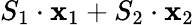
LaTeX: S_{1}\cdot\mathbf{x}_{1}+S_{2}\cdot\mathbf{x}_{2}